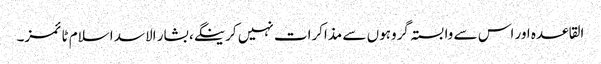
القاعدہ اور اس سے وابستہ گروہوں سے مذاکرات نہیں کرینگے، بشار الاسد اسلام ٹائمز۔